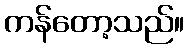
ကန်တော့သည်။